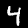
Digit: 4